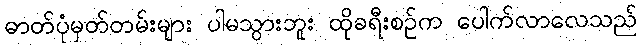
ဓာတ်ပုံမှတ်တမ်းများ ပါမသွားဘူး ထိုခရီးစဉ်က ပေါက်လာလေသည်